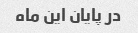
در پایان این ماه